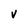
Character: V